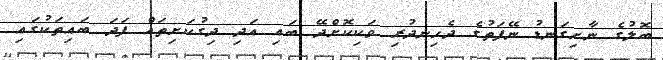
ބޮލުގެ ނާށިގަނޑު ނޭފަތުގެ ދެހިނދުރި ވަކިކޮށްދޭ ބައި އަދި ދިގުކަށިތައް ފަދަ ބައިތަކުގައި